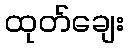
ထုတ်ချေး